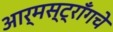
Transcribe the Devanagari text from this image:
आर्मस्ट्राँगचे